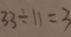
3 3 \div 1 1 = 3